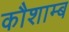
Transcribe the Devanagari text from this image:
कौशाम्ब